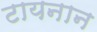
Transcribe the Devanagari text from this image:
टायनान